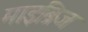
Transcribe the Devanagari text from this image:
माइब्रिज